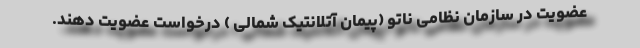
عضویت در سازمان نظامی ناتو (پیمان آتلانتیک شمالی ) درخواست عضویت دهند.